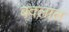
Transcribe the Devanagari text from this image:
बदलात